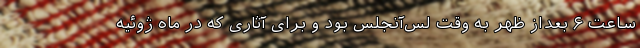
ساعت ۶ بعداز ظهر به وقت لس‌آنجلس بود و برای آثاری که در ماه ژوئیه